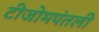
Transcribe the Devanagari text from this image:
टीजोमपंतली